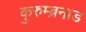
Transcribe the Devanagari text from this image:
कुरुम्ब्रनाड